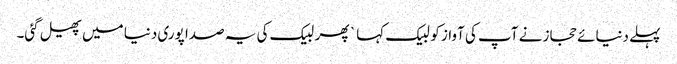
پہلے دنیائے حجاز نے آپ کی آواز کو لبیک کہا ` پھر لبیک کی یہ صدا پوری دنیا میں پھیل گئی۔